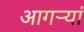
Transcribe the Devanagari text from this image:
आगऱ्यां